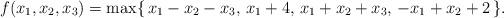
LaTeX: \begin{align*}f(x_1,x_2,x_3) = \max\{\, x_1-x_2-x_3, \, x_1+4, \, x_1+x_2+x_3, \, -x_1+x_2+2 \,\} .\end{align*}